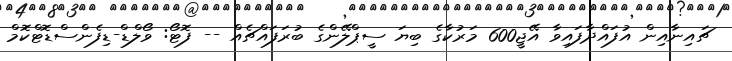
ޗައިނާއިން އުފައްދާފައިވާ އޭޖީ600 މަރުކާގެ ބިޔަ ސީޕްލޭންގެ ބުރަފައްޗެއް -- ފޮޓޯ: ވޯލްޑް-ޑިފެންސްޑޮޓްކޮމް